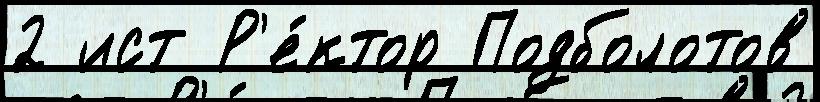
2 ист Р'е́ктор Подболотов